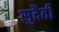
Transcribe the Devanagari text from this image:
सुदैवी